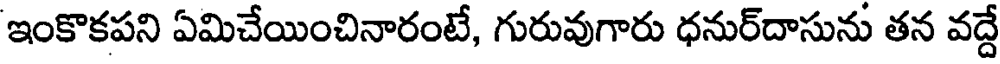
ఇంకొకపని ఏమిచేయించినారంటే, గురువుగారు ధనుర్దాసును తన వద్దే